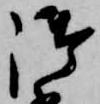
御